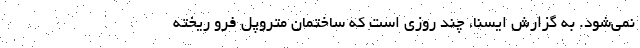
نمی‌شود. به گزارش ایسنا، چند روزی است که ساختمان متروپل فرو ریخته